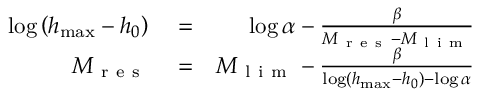
\begin{array} { r l r } { \log \left( h _ { \operatorname* { m a x } } - h _ { 0 } \right) } & { { } = } & { \log \alpha - \frac { \beta } { M _ { \mathrm { ~ r ~ e ~ s ~ } } - M _ { \mathrm { ~ l ~ i ~ m ~ } } } } \\ { M _ { \mathrm { ~ r ~ e ~ s ~ } } } & { { } = } & { M _ { \mathrm { ~ l ~ i ~ m ~ } } - \frac { \beta } { \log \left( h _ { \operatorname* { m a x } } - h _ { 0 } \right) - \log \alpha } } \end{array}